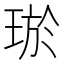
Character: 𤥽